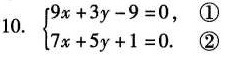
10.$$\begin { cases }